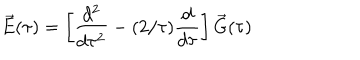
\vec { E } ( \tau ) = \left[ { \frac { d ^ { 2 } } { d \tau ^ { 2 } } } - ( 2 / \tau ) { \frac { d } { d \tau } } \right] \vec { G } ( \tau )